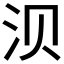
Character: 𬇙